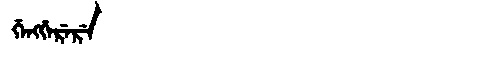
Manchu: ᡤᡝᠩᡤᡝᡵᡝᡵᡝ
Romanization: GENGGERERE